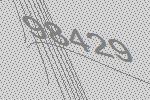
98429